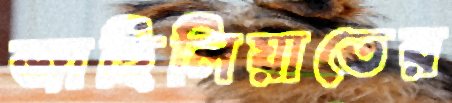
জাহিলিয়াতের